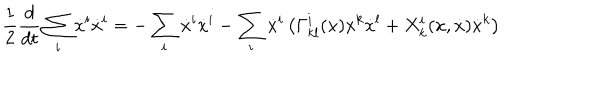
\frac { 1 } { 2 } \frac { d } { d t } \sum _ { i } \dot { x } ^ { i } \dot { x } ^ { i } = - \sum _ { i } \dot { x } ^ { i } \dot { x } ^ { i } - \sum _ { i } \dot { x } ^ { i } \left( \Gamma _ { k l } ^ { i } ( x ) \dot { x } ^ { k } \dot { x } ^ { l } + X _ { k } ^ { i } ( x , \dot { x } ) \dot { x } ^ { k } \right)